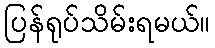
ပြန်ရုပ်သိမ်းရမယ်။